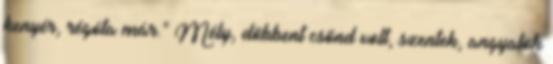
kenyér, régóta már." Mély, döbbent csönd volt, szentek, angyalok